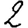
Digit: 2